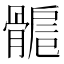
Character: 𩩾